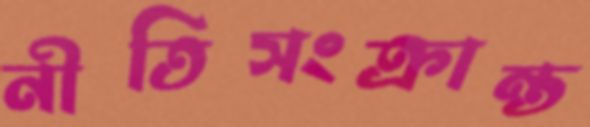
নীতিসংক্রান্ত